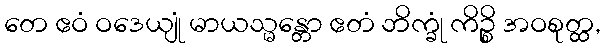
တေ ဧဝံ ဝဒေယျုံ မာယသ္မန္တော ဧတံ ဘိက္ခုံ ကိဉ္စိ အဝစုတ္ထ,